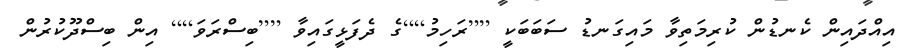
އިއްދައިން ކެނޑުން ކުރިމަތިވާ މައިގަނޑު ސަބަބަކީ [[ރަހިމު]]ގެ ދެފަޅީގައިވާ [[ބިސްރަވަ]] އިން ބިސްދޫކުރުން